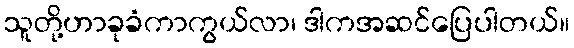
သူတို့ဟာခုခံကာကွယ်လာ၊ ဒါကအဆင်ပြေပါတယ်။